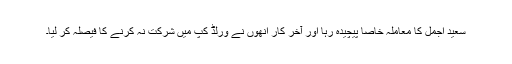
سعید اجمل کا معاملہ خاصا پیچیدہ رہا اور آخر کار انھوں نے ورلڈ کپ میں شرکت نہ کرنے کا فیصلہ کر لیا۔